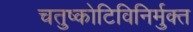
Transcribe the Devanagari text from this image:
चतुष्कोटिविनिर्मुक्त